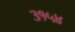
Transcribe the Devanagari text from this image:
३१५४